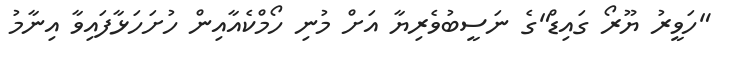
"ހަވީރު ޔޫރޯ ގައިޑް"ގެ ނަސީބުވެރިޔާ އަށް މުނި ހޯމްކެއާއިން ހުށަހަޅާފައިވާ އިނާމު